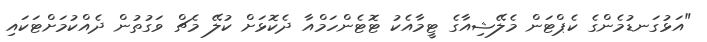
"އަޅުގަނޑުމެންގެ ކެޕްޓަން މެލޭޝިއާގެ ޓީމާއެކު ޓޮޓެންހަމްއާ ދެކޮޅަށް ކުލޭ މެޗް ވަގުތުން ދެއްކުމަށްޓަކައި